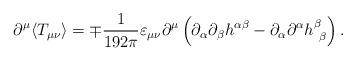
LaTeX: \begin{align*}\partial^{\mu}\langle T_{\mu\nu} \rangle = \mp \frac{1}{192\pi} \varepsilon_{\mu\nu} \partial^{\mu} \left( \partial_{\alpha}\partial_{\beta} h^{\alpha\beta} - \partial_{\alpha}\partial^{\alpha}h^{\beta}_{\ \beta}\right).\end{align*}